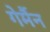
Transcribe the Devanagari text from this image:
गेर्मैन